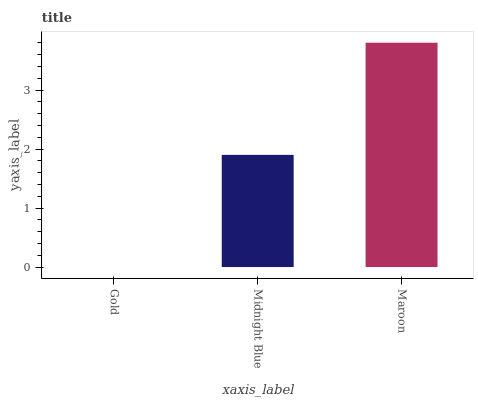
| xaxis_label | bars |
 | --- | --- |
 | Gold | 0 |
 | Midnight Blue | 1.9 |
 | Maroon | 3.8 |